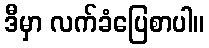
ဒီမှာ လက်ခံပြေစာပါ။